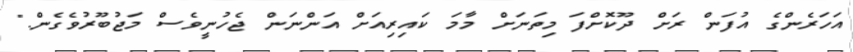
އަހަރެންގެ އުފަން ރަށް ދޫކޮށްފަ މިތަނަށް މާމަ ކައިރިއަށް އަންނަން ޖެހުނީވެސް މަޖުބޫރުވެގެން."